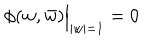
LaTeX: \phi ( w , \bar { w } ) \Bigr | _ { | w | = 1 } = 0